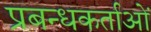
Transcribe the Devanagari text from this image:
प्रबन्धकर्ताओं